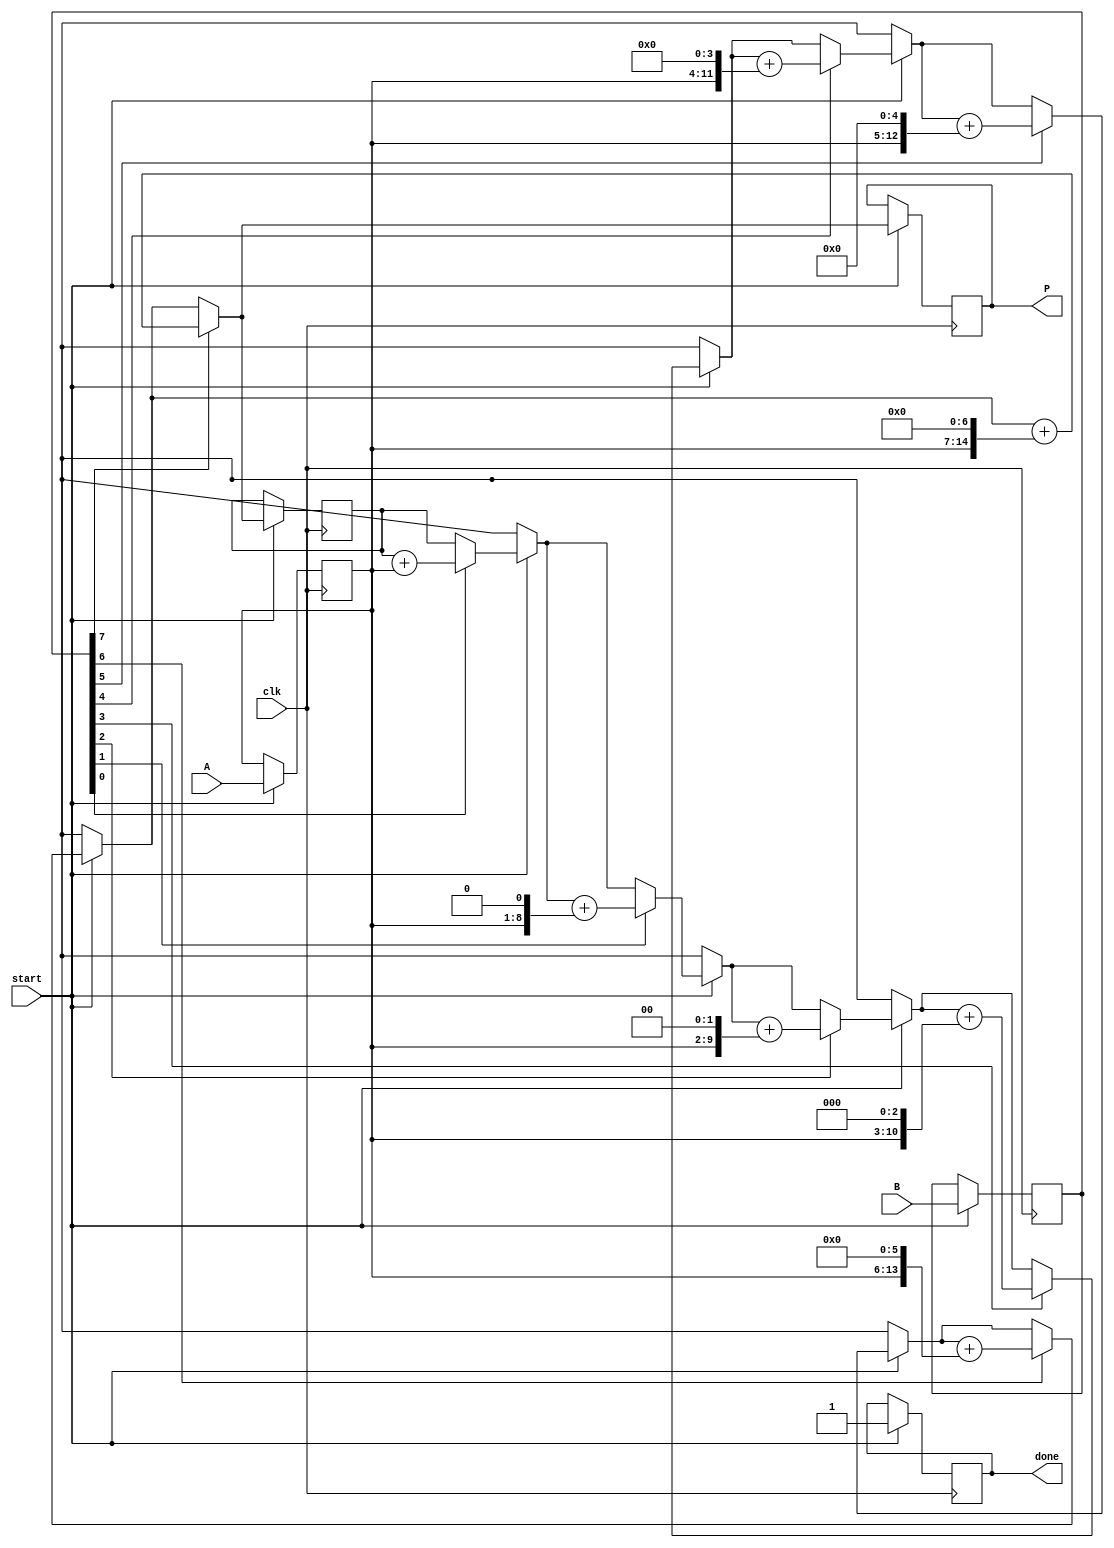
module radix2_multiplier #(parameter n = 8) (
    input wire clk,
    input wire start,
    input wire [n-1:0] A,
    input wire [n-1:0] B,
    output reg [2*n-1:0] P,
    output reg done
);
    reg [n-1:0] A_shifted;
    reg [n-1:0] B_reg;
    reg [2*n-1:0] partial_sum;
    integer i;

    always @(posedge clk) begin
        if (start) begin
            // Initialize
            P <= 0;
            partial_sum <= 0;
            A_shifted <= A;
            B_reg <= B;
            done <= 0;

            // Perform multiplication
            for (i = 0; i < n; i = i + 1) begin
                if (B_reg[i] == 1'b1) begin
                    partial_sum = partial_sum + (A_shifted << i);
                end
            end

            // Store the final product
            P <= partial_sum;
            done <= 1;  // Indicate that the multiplication is done
        end
    end
endmodule